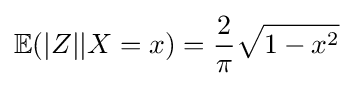
\mathbb {E} (|Z||X=x)={\frac {2}{\pi }}{\sqrt {1-x^{2}}}